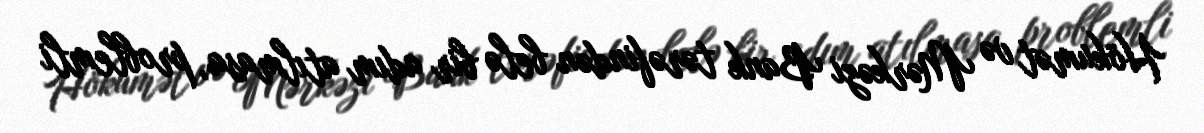
Hökumət və Mərkəzi Bank tərəfindən belə bir adım atılmasa, problemli